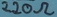
Text: 220Ω